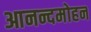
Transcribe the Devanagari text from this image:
आनन्दमोहन